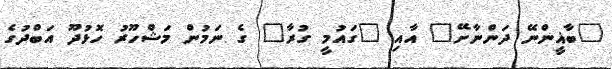
"ބާޣީންނޭ ދަންނާށޭ" އާއި "ގައުމީ ގުރާ" ގެ ނަމުން މަޝްހޫރު ހޮޅުދޫ އަބްދުގެ